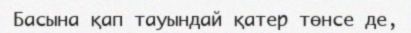
Басына қап тауындай қатер төнсе де,